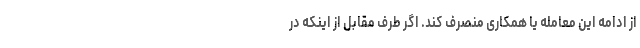
از ادامه این معامله یا همکاری منصرف کند. اگر طرف مقابل از اینکه در